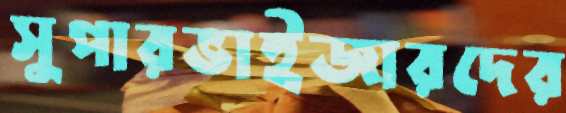
সুপারভাইজারদের